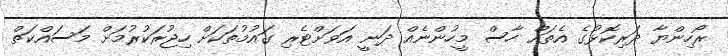
ރޯހިންޔާ ދަރިކޮޅުގެ އެތައް ހާސް މީހުންނެއް ދަނީ އަވަށްޓެރި ގައުމުތަކަށް ހިޖުރަކުރުމަށް މަސައްކަތް